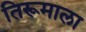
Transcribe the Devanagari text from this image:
तिरूमाला